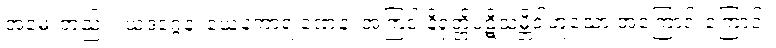
အမေးတည်း။ ယဒဂ္ဂေန၊ ယေနကာရ ဏေန၊ အကြင် နိရုတ္တိပဋိသမ္ဘိဒါဟူသော အကြောင်းကြောင့်။